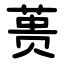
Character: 蒉